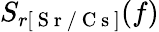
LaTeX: S_{r[\mathrm{~S~r~/~C~s~}]}(f)